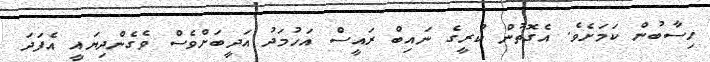
ހިސާބުން ކަމަށެވެ. އެގޮތުން ކުރީގެ ނައިބް ރައީސް އަހުމަދު އަދީބަށްވެސް ވެގެންދިޔައީ އެފަދަ